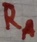
Text: RA